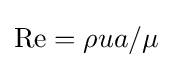
\mathrm {Re} =\rho ua/\mu